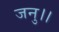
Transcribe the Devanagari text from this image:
जनु।।